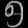
Digit: ၅